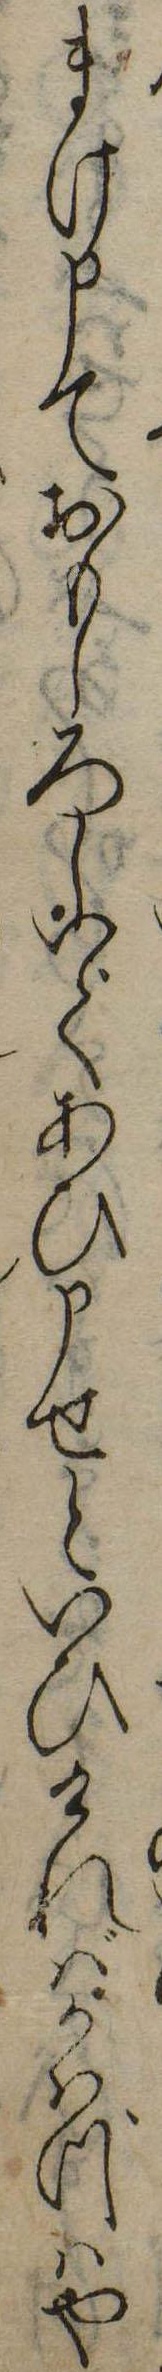
まけ申ておもしろしいであひ申せといひければかはづはや